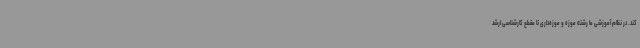
کند. در نظام آموزشی ما رشته موزه و موزه‌داری تا مقطع کارشناسی ارشد